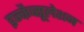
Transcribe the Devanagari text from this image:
इन्कैप्सूलेशन